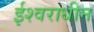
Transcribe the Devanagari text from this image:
ईश्वराधीन